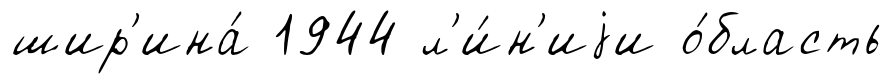
шир'ина́ 1944 л'и́н'иjи о́бласть